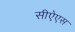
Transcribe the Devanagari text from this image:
सीऐएस